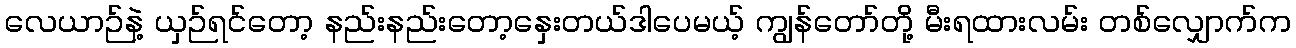
လေယာဉ်နဲ့ ယှဉ်ရင်တော့ နည်းနည်းတော့နှေးတယ်ဒါပေမယ့် ကျွန်တော်တို့ မီးရထားလမ်း တစ်လျှောက်က